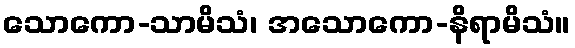
သောကော-သာမိသံ၊ အသောကော-နိရာမိသံ။